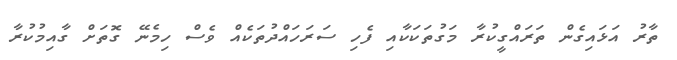
ތާރު އަޅައިގެން ތަރައްގީކުރާ މަގުތަކަކާއި ފެހި ސަރަހައްދުތަކެއް ވެސް ހިމެނޭ ގޮތަށް ގާއިމުކުރާ